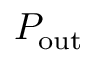
P _ { \mathrm { o u t } }